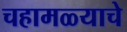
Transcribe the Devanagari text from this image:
चहामळ्याचे